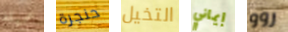
عميله حنجرة التخيل إيماني روو